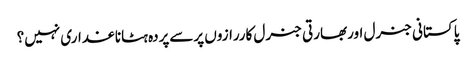
پاکستانی جنرل اوربھارتی جنرل کاررازوں پرسےپردہ ہٹاناغداری نہیں؟